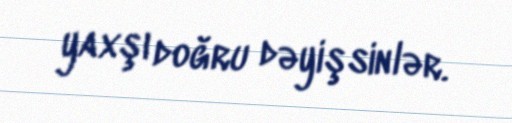
yaxşı doğru dəyişsinlər.